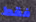
فقط